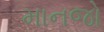
માનજો